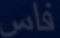
فاس